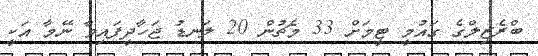
ބްރެޒިލްގެ ގައުމީ ޓީމަށް 33 މެޗުން 20 ލަނޑު ޖަހާދީފައިވާ ނޭމާ އަކީ